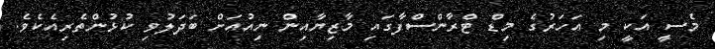
މެސީ އަކީ މި އަހަރުގެ މިޑް ޓްރާންސްފާގައި މާޒިޔާއިން ނިއުއަށް ބަދަލުވި ކުޅުންތެރިއެކެވެ.